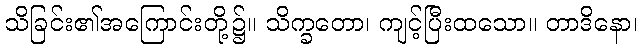
သိခြင်း၏အကြောင်းတို့၌။ သိက္ခတော၊ ကျင့်ပြီးထသော။ တာဒိနော၊